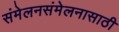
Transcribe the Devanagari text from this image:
संमेलनसंमेलनासाठी